Civil Veterinary Dept. Bombay admin report 1893-99 - 1893-1899
Year: 1893
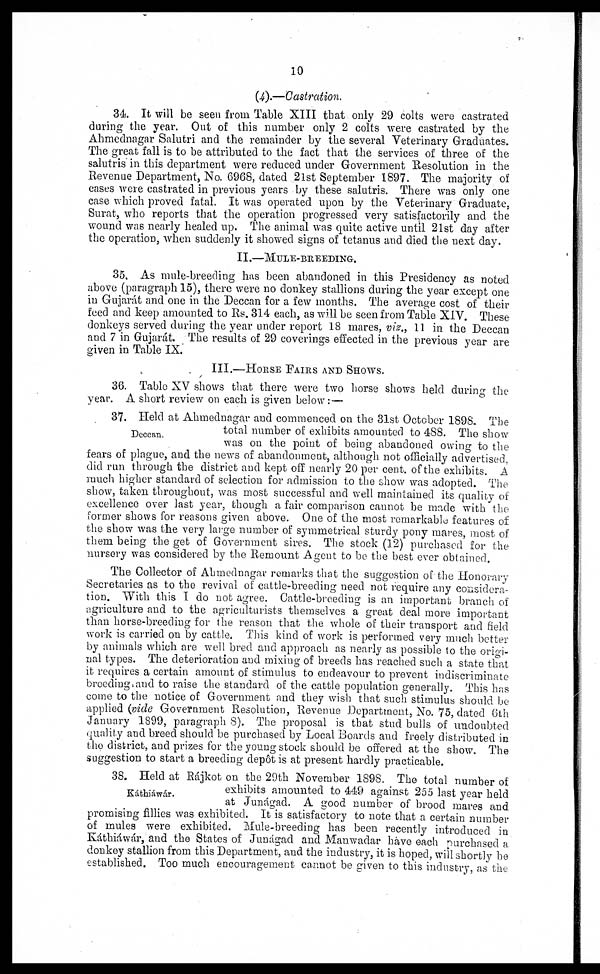
10
(4).—Castration.
34. It will be seen from Table XIII that only 29 colts were castrated
during the year. Out of this number only 2 colts were castrated by the
Ahmednagar Salutri and the remainder by the several Veterinary Graduates.
The great fall is to be attributed to the fact that the services of three of the
salutris in this department were reduced under Government Resolution in the
Revenue Department, No. 6968, dated 21st September 1897. The majority of
cases were castrated in previous years by these salutris. There was only one
case which proved fatal. It was operated upon by the Veterinary Graduate,
Surat, who reports that the operation progressed very satisfactorily and the
wound was nearly healed up. The animal was quite active until 21st day after
the operation, when suddenly it showed signs of tetanus and died the next day.
II.—MULE-BREEDING.
35. As mule-breeding has been abandoned in this Presidency as noted
above (paragraph 15), there were no donkey stallions during the year except one
in Gujarát and one in the Deccan for a few months. The average cost of their
feed and keep amounted to Rs. 314 each, as will be seen from Table XIV. These
donkeys served during the year under report 18 mares, viz., 11 in the Deccan
and 7 in Gujarát. The results of 29 coverings effected in the previous year are
given in Table IX.
III.—HORSE FAIRS AND SHOWS.
36. Table XV shows that there were two horse shows held during the
year. A short review on each is given below: —
Deccan.
37. Held at Ahmednagar and commenced on the 31st October 1898. The
total number of exhibits amounted to 488. The show
was on the point of being abandoned owing to the
fears of plague, and the news of abandonment, although not officially advertised,
did run through the district and kept off nearly 20 per cent, of the exhibits. A
much higher standard of selection for admission to the show was adopted. The
show, taken throughout, was most successful and well maintained its quality of
excellence over last year, though a fair comparison cannot be made with the
former shows for reasons given above. One of the most remarkable features of
the show was the very large number of symmetrical sturdy pony mares, most of
them being the get of Government sires. The stock (12) purchased for the
nursery was considered by the Remount Agent to be the best ever obtained.
The Collector of Ahmednagar remarks that the suggestion of the Honorary
Secretaries as to the revival of cattle-breeding need not require any considera-
tion. With this I do not agree. Cattle-breeding is an important branch of
agriculture and to the agriculturists themselves a great deal more important
than horse-breeding for the reason that the whole of their transport and field
work is carried on by cattle. This kind of work is performed very much better
by animals which are well bred and approach as nearly as possible to the origi-
nal types. The deterioration and mixing of breeds has reached such a state that
it requires a certain amount of stimulus to endeavour to prevent indiscriminate
breeding and to raise the standard of the cattle population generally. This has
come to the notice of Government and they wish that such stimulus should be
applied (vide Government Resolution, Revenue Department, No. 75, dated 6th
January 1899, paragraph 8). The proposal is that stud bulls of undoubted
quality and breed should be purchased by Local Boards and freely distributed in
the district, and prizes for the young stock should be offered at the show. The
suggestion to start a breeding depôt is at present hardly practicable.
Káthiáwár.
38. Held at Rájkot on the 29th November 1898. The total number of
exhibits amounted to 449 against 255 last year held
at Junágad. A good number of brood mares and
promising fillies was exhibited. It is satisfactory to note that a certain number
of mules were exhibited. Mule-breeding has been recently introduced in
Káthiáwár, and the States of Junágad and Manwadar have each purchased a
donkey stallion from this Department, and the industry, it is hoped, will shortly be
established. Too much encouragement cannot be given to this industry, as the